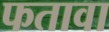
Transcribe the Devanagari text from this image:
फतावा